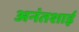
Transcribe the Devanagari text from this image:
अनंतशाई